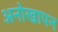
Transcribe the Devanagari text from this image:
अनोखापन